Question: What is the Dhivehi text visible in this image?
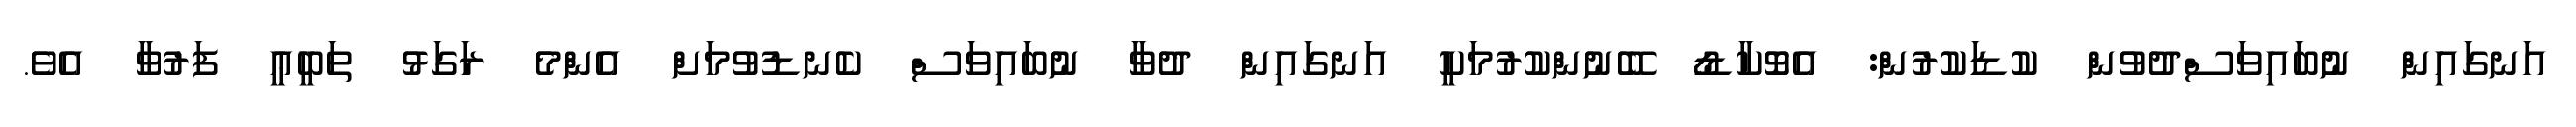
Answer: އަނގައިން ނުބައިވަސްދުވުން ކުޑަކުރުން: އެވޮކާޑޯ ބޭނުންކުރުމަކީ އަނގައިން ދުވާ ނުބައިވަސް ކެނޑުވުމަށް އެންމެ ރަގަޅު ތަބީޢީ ފަރުވާ އެވެ.